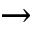
\rightarrow